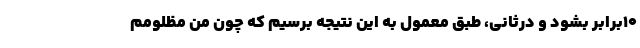
10برابر بشود و درثانی، طبق معمول به این نتیجه برسیم که چون من مظلومم